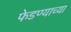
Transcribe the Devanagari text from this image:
फेडण्याच्या